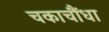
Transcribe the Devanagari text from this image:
चकाचौंधा